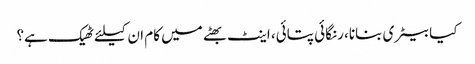
کیا بیٹری بنانا، رنگائی پتائی، اینٹ بھٹے میں کام ان کیلئے ٹھیک ہے؟